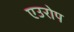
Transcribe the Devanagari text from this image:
एउरोप